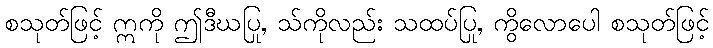
စသုတ်ဖြင့် ဣကို ဤဒီဃပြု, သ်ကိုလည်း သထပ်ပြု, ကွိလောပေါ စသုတ်ဖြင့်